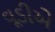
વૂડીએ